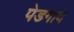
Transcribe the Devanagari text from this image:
पेडगाव